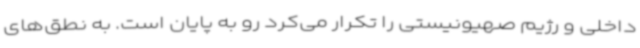
داخلی و رژیم صهیونیستی را تکرار می‌کرد رو به پایان است. به نطق‌های